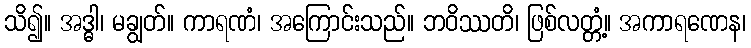
သိ၍။ အဒ္ဓါ၊ မချွတ်။ ကာရဏံ၊ အကြောင်းသည်။ ဘဝိဿတိ၊ ဖြစ်လတ္တံ့။ အကာရဏေန၊